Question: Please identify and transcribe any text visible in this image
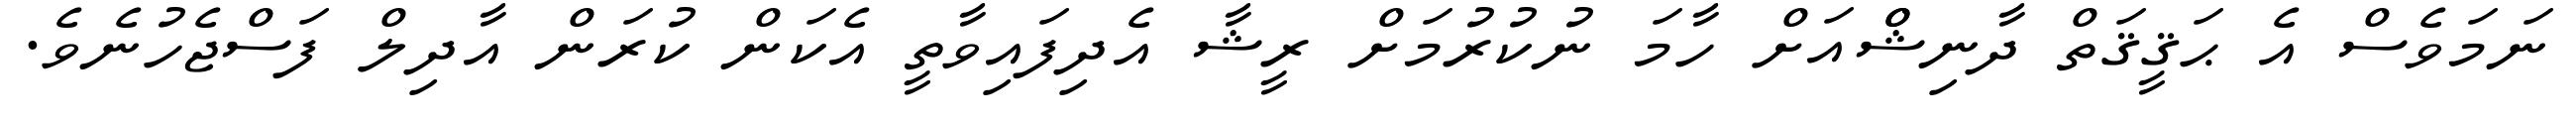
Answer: ނަމަވެސް އެ ޙަޤީޤަތް ދާނިޝްްއަށް ހާމަ ނުކުރުމަށް ރީޝާ އެދިފައިވާތީ އެކަން ކުރަން އާދިލް ފަސްޖެހުނެވެ.